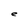
Character: e